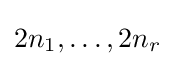
2n_{1},\dots ,2n_{r}